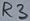
Text: R3